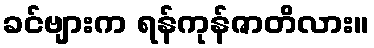
ခင်ဗျားက ရန်ကုန်ဇာတိလား။